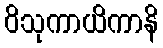
ဝိသုကာယိကာနိ